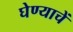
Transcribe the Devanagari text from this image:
घेण्याचें